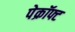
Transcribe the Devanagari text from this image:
पेक्रॉफ्ट